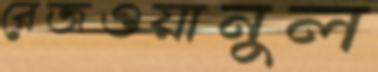
রেজওয়ানুল